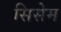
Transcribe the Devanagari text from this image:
सिसेम